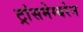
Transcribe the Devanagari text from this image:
ट्रांसमेम्बरेन